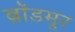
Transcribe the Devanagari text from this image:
ब्रॉडमूर